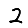
Digit: 2